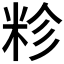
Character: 𮇏